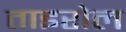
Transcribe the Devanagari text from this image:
ताइरोल